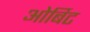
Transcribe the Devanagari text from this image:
ओर्बिट